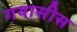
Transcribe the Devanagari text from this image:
गयासीस